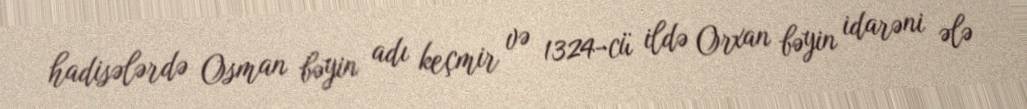
hadisələrdə Osman bəyin adı keçmir və 1324-cü ildə Orxan bəyin idarəni ələ